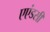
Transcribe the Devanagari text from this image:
एएंडसी